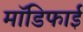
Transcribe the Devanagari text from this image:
मॉडिफाई